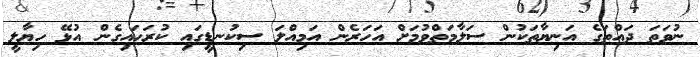
ނުވަތަ ދައްތަގެ އަނިޔާތަކުން ސަލާމަތްވުމަށް އަހަރެން އަމިއްލަ ސިކުނޑީގައި ކުރަހައިގެން އުޅޭ ހިޔާލީ